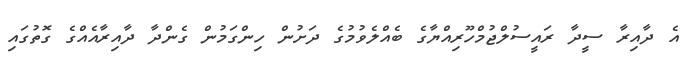
އެ ދާއިރާ ސީދާ ރައީސުލްޖުމްހޫރިއްޔާގެ ބެއްލެވުމުގެ ދަށުން ހިންގަމުން ގެންދާ ދާއިރާއެއްގެ ގޮތުގައި